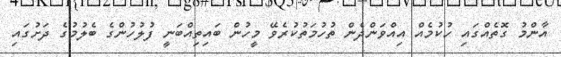
އާންމު ގޮތެއްގައި ހުކުމެއް އިއްވަންދެން ތުހުމަތުކުރެވޭ މީހުން ބައިތިއްބަނީ ފުލުހުންގެ ބެލުމުގެ ދަށުގައި